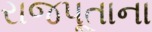
રાજપૂતાના